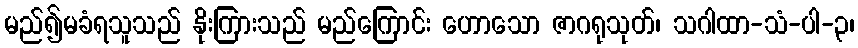
မည်၍မခံရသူသည် နိုးကြားသည် မည်ကြောင်း ဟောသော ဇာဂရုသုတ်၊ သဂါထာ-သံ-ပါ-၃၊